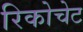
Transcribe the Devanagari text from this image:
रिकोचेट